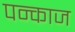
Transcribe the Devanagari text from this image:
पन्काज